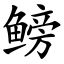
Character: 鳑